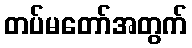
တပ်မတော်အတွက်